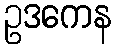
ဥဒကေန